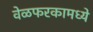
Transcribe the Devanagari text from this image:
वेळफरकामध्ये